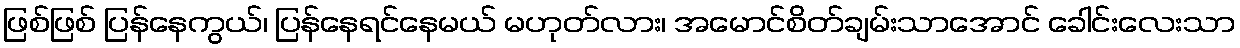
ဖြစ်ဖြစ် ပြန်နေကွယ်၊ ပြန်နေရင်နေမယ် မဟုတ်လား၊ အမောင်စိတ်ချမ်းသာအောင် ခေါင်းလေးသာ